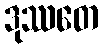
ဒုဿတေ